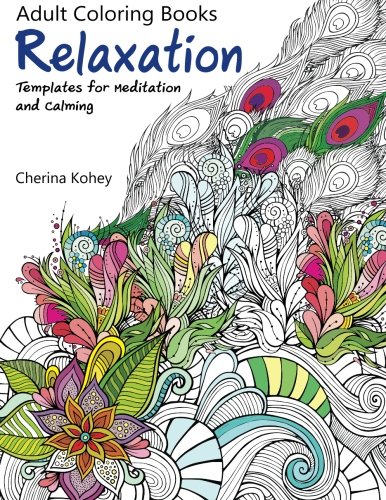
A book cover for Adult Coloring Book: Relaxation Templates for Meditation and Calming (Volume 1); Cherina Kohey; Humor & Entertainment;